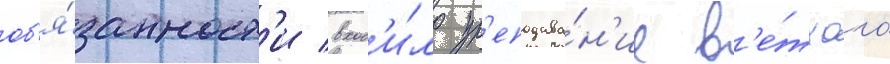
об'я́занност'и вход'и́ло пр'еподава́н'ие в'е́тхого